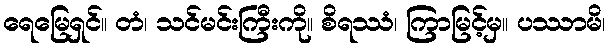
ရေမြေရှင်။ တံ၊ သင်မင်းကြီးကို။ စိရဿံ၊ ကြာမြင့်မှ။ ပဿာမိ၊